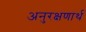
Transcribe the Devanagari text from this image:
अनुरक्षणार्थ